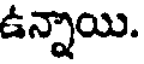
ఉన్నాయి.